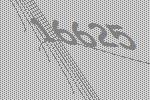
16625